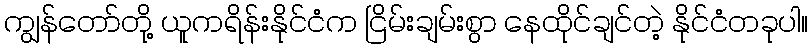
ကျွန်တော်တို့ ယူကရိန်းနိုင်ငံက ငြိမ်းချမ်းစွာ နေထိုင်ချင်တဲ့ နိုင်ငံတခုပါ။